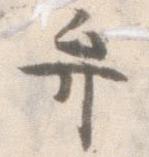
弁